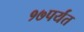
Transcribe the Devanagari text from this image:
१७पर्यंत